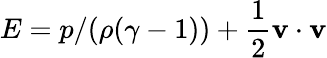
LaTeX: E=p/(\rho(\gamma-1))+\frac{1}{2}\mathbf{v}\cdot\mathbf{v}